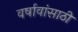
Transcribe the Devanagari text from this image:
वर्षावांसाठी